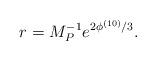
LaTeX: \begin{align*}r = M_P^{-1} e^{2\phi^{(10)}/3}.\end{align*}